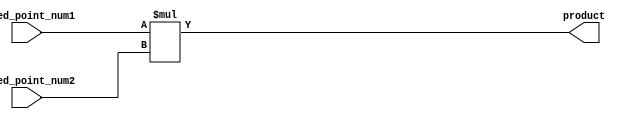
module fixed_point_multiplier (
  input signed [7:0] fixed_point_num1,
  input signed [7:0] fixed_point_num2,
  output signed [15:0] product
);

reg signed [15:0] result;

always @* begin
  result = fixed_point_num1 * fixed_point_num2;
end

assign product = result;

endmodule